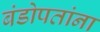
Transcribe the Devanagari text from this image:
बंडोपतांना